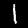
Label: 1